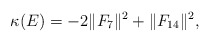
\begin{gather*}\kappa (E ) = -2 \Vert F_{7} \Vert^{2}+ \Vert F_{14} \Vert^{2},\end{gather*}